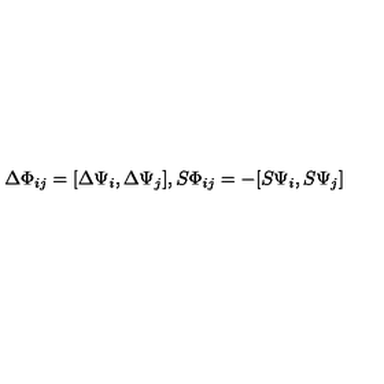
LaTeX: \Delta \Phi _ { i j } = [ \Delta \Psi _ { i } , \Delta \Psi _ { j } ] , S \Phi _ { i j } = - [ S \Psi _ { i } , S \Psi _ { j } ]